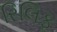
રિલિફ